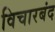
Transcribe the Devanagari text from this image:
विचारबंद